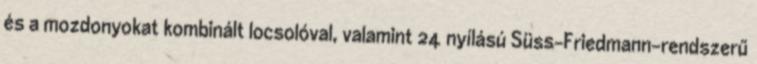
és a mozdonyokat kombinált locsolóval, valamint 24 nyílású Süss–Friedmann-rendszerű